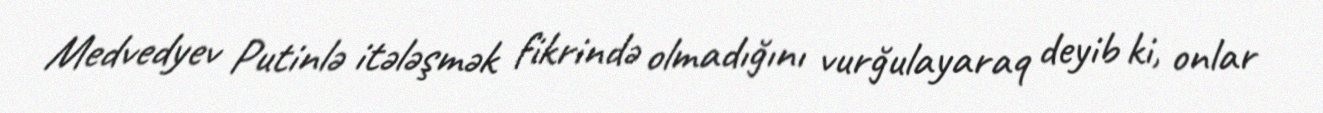
Medvedyev Putinlə itələşmək fikrində olmadığını vurğulayaraq deyib ki, onlar